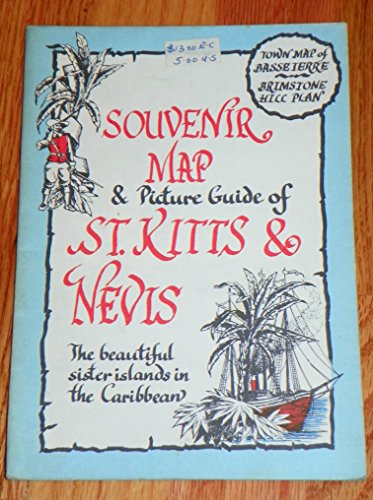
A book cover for Souvenir Map & Picture Guide of St. Kitts & Nevis (The Beautiful Sister Islands in the Caribbean); Travel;